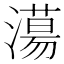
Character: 𣿴